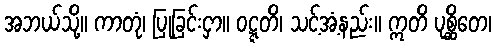
အဘယ်သို့။ ကာတုံ၊ ပြုခြင်းငှာ။ ဝဋ္ဋတိ၊ သင့်အံ့နည်း။ ဣတိ ပုစ္ဆိတေ၊